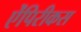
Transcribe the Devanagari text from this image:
ऐंपिरीकस